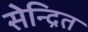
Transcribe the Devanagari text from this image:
सेन्द्रित